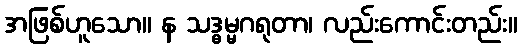
အဖြစ်ဟူသော။ န သဒ္ဓမ္မဂရုတာ၊ လည်းကောင်းတည်း။